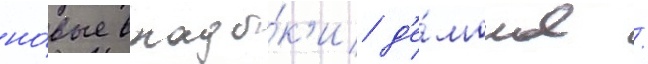
но́вые влады́к'и д'е́монов /